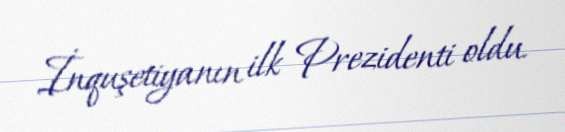
İnquşetiyanın ilk Prezidenti oldu.